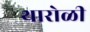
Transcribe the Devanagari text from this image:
थारोळी